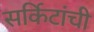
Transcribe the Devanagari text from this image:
सर्किटांची